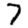
Digit: 7